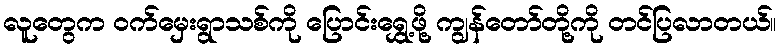
လူတွေက ဝက်မှေးရွာသစ်ကို ပြောင်းရွှေ့ဖို့ ကျွန်တော်တို့ကို တင်ပြလာတယ်။